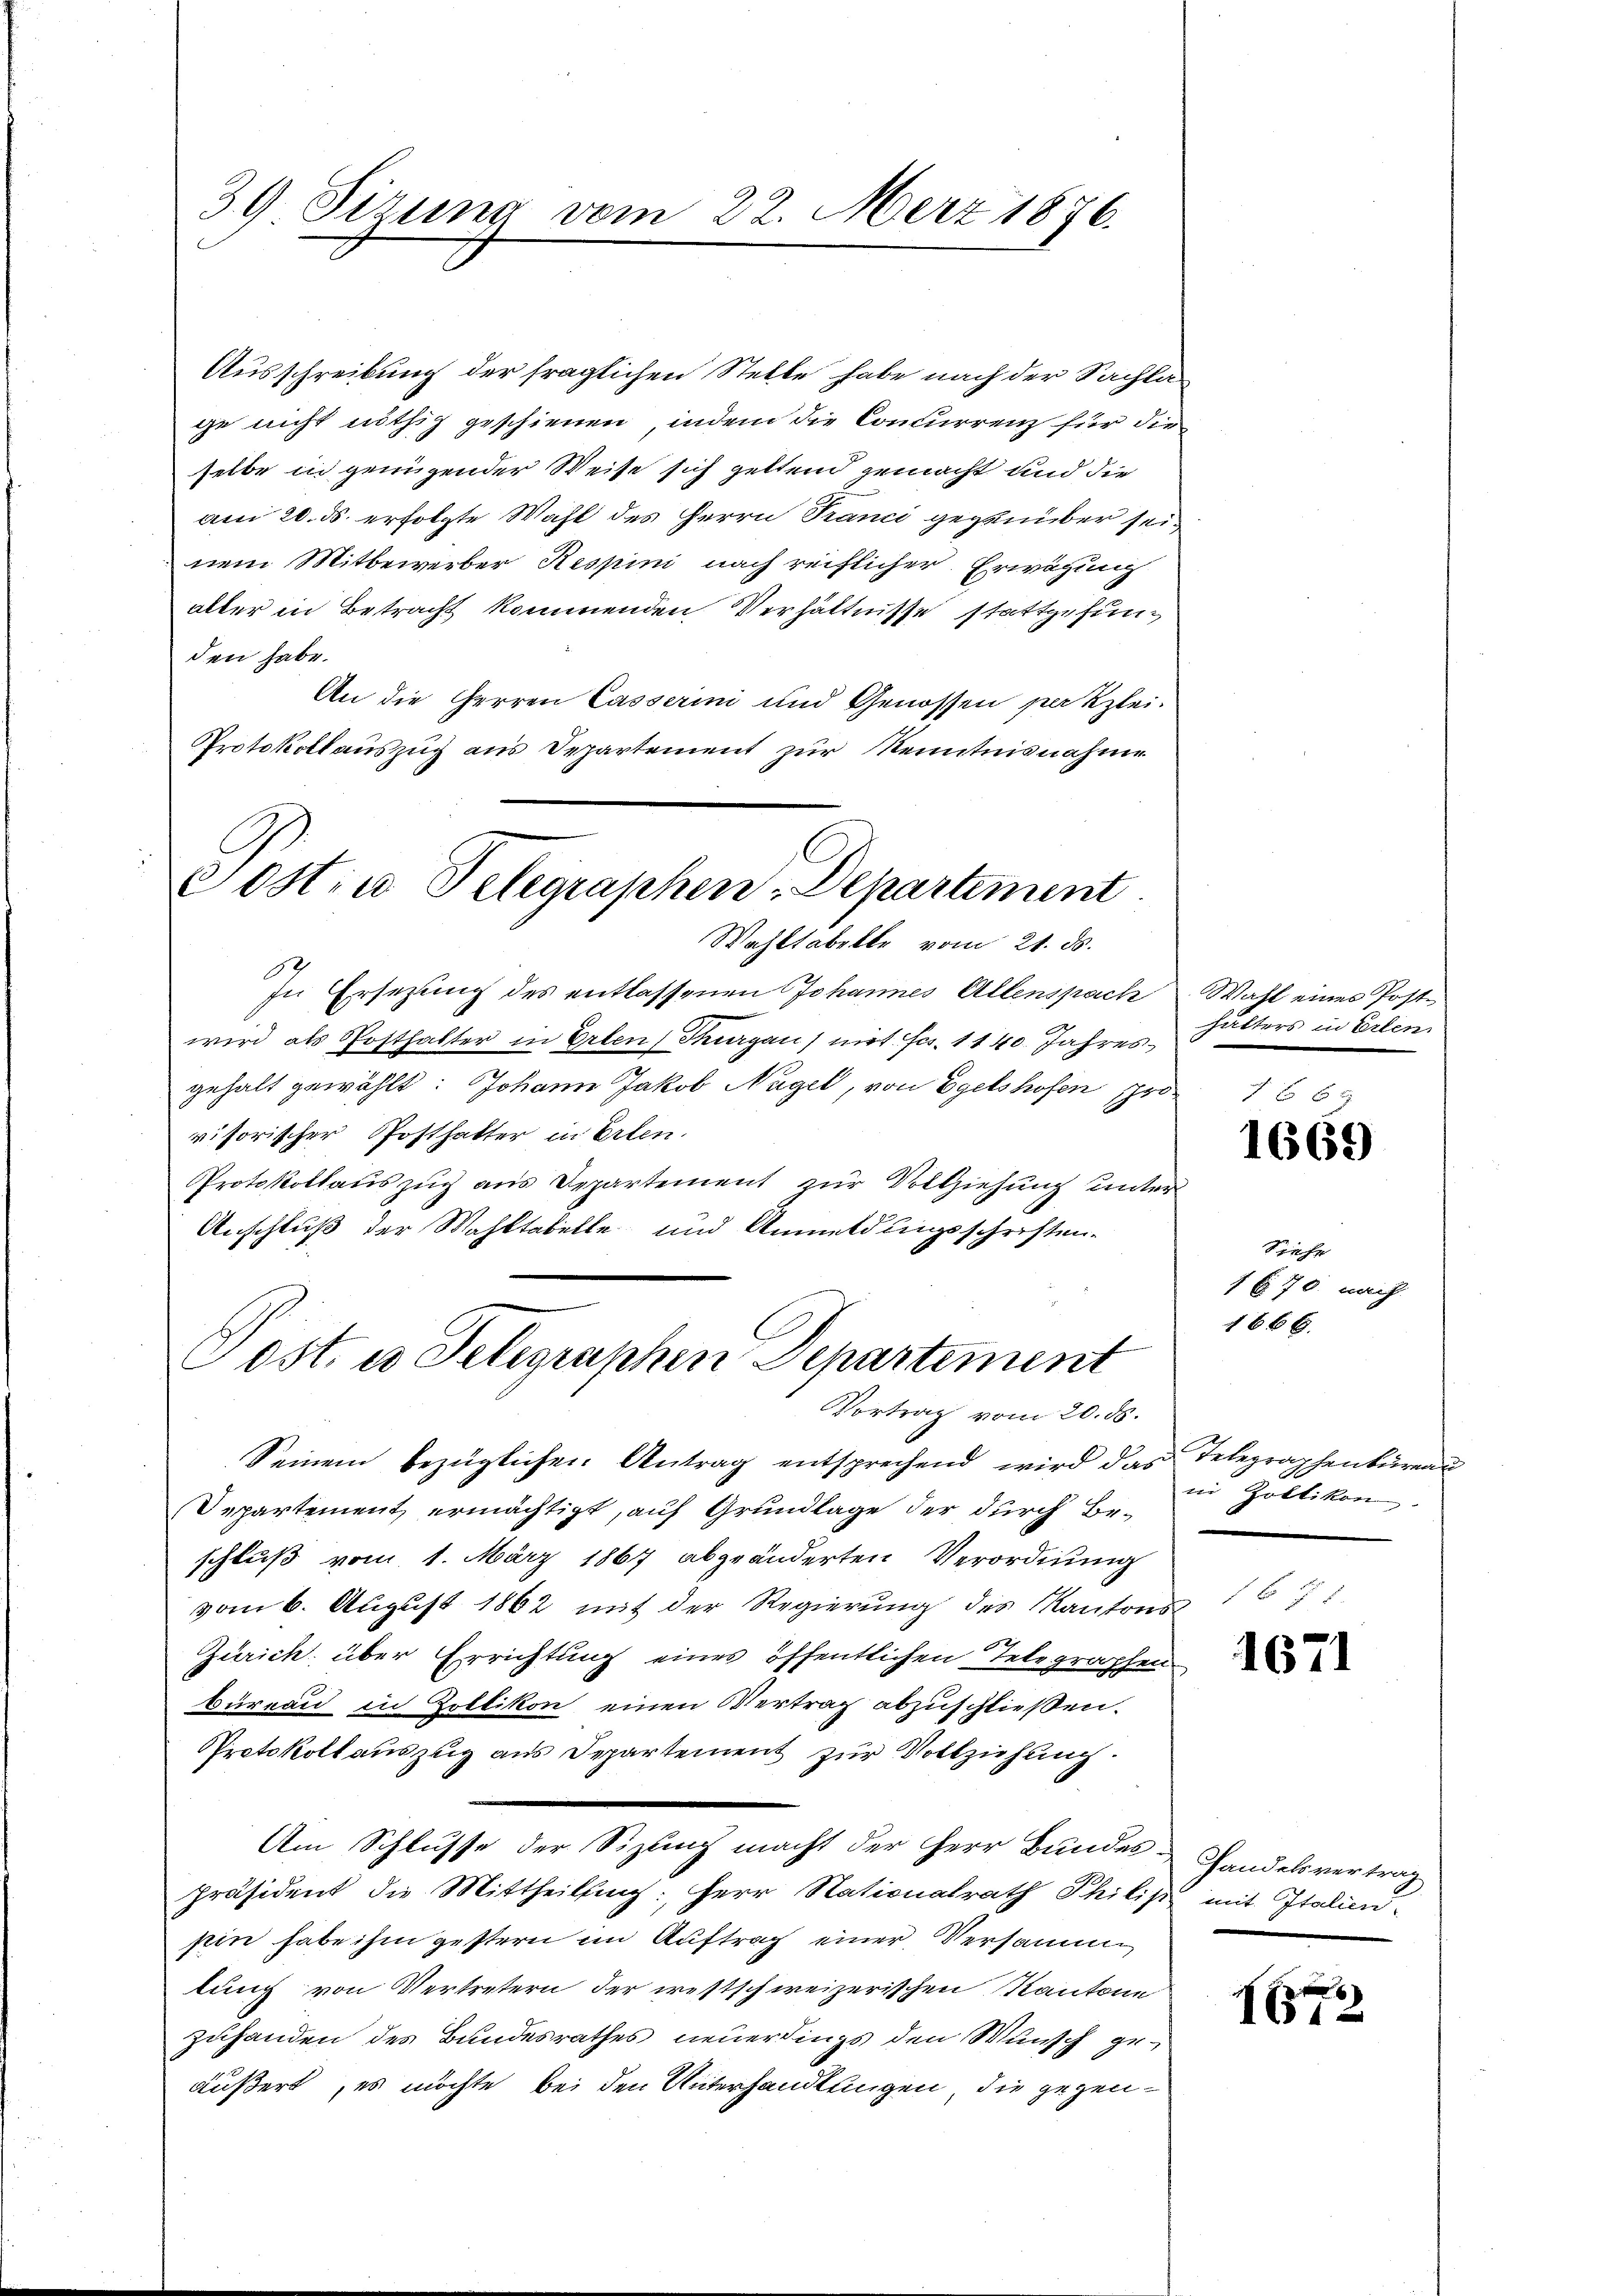
39 Sizung vom 22. März 1876.

Ausschreibung der fraglichen Stelle habe nach der Sachlage nicht nöthig geschienen, indem die Concurrenz für die
selbe in genügender Weise sich geltend gemacht und die
am 20. ds. erfolgte Wahl des Herrn Franci gegenüber seinem Mitbewerber Respini nach reiflicher Erwägung
alter in Betracht kommenden Verhältnisse stattgefunden habe.
An die Herren Casserini und Genossen patzlei.
Protokollauszug aus Departement zur Kenntnisnahme

Sostin Telegraphen: Departement
Wahltabelle vom 21. ds.

Post. es Telegraphen Departement
Vortrag vom 20. ds.

In Ersezung des entlassenen Johannes Allenspach
wird als Posthalter in Erben, Thurgau) mit Fr. 1140. Jahresgehalt gewählt: Johann Jakob Nagel, von Egelshofen pro
visorischer Posthatter in Erlen.
Protokollauszug aus Departement zur Vollziehung unter
Anschluß der Wahltabelle und Anmeldungsschriften.

Seinem bezüglichen Antrag entsprechend wird das Telegraphenbureau
Departement ermächtigt, auf Grundlage der durch Beschluß vom 1. März 1867 abgeänderten Verordnung
vom 6. August 1862 mit der Regierung des Kantons
Zürich über Errichtung eines öffentlichen Telegraphen
büreau in Zollikon einen Vertrag abzuschließen.
Protokoll auszug aus Departement zur Vollziehung.
Am Schlusse der Sizung macht der Herr Bundes Handelsvertrag
präsident die Mittheilung: Herr Nationalrath Philist mit Italienpin habe ihm gestern im Auftrag einer Versamm
lung von Vertretern der westschweizerischen Kantone
zuhanden des Bundesrathes neuerdings den Wunsch geäußert, es möchte bei den Unterhandlungen, die gegen¬

Wahl eines Poste
halters in Erlen

1669

Siehe
1 Ei 778. nach

1666.

in Zoltikon

1671

8
1612